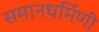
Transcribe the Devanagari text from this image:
समानधर्मिणी